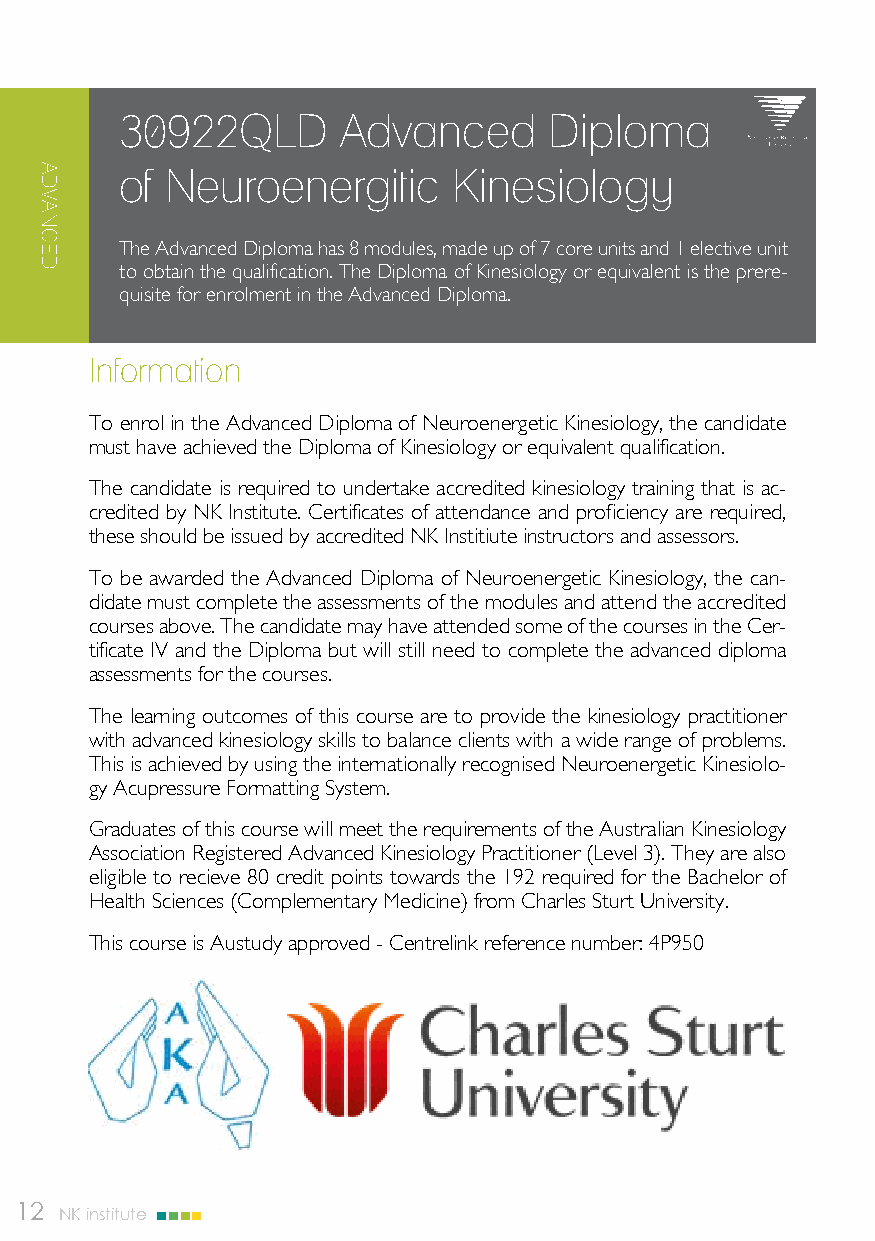
30922QLD      Advanced      Diploma
 of Neuroenergitic     Kinesiology
 The Advanced Diploma has 8 modules, made up of 7 core units and 1 elective unit
 to obtain the qualification. The Diploma of Kinesiology or equivalent is the prere-
 quisite for enrolment in the Advanced Diploma.
 Information
 To enrol in the Advanced Diploma of Neuroenergetic Kinesiology, the candidate
 must have achieved the Diploma of Kinesiology or equivalent qualification.
 The candidate is required to undertake accredited kinesiology training that is ac-
 credited by NK Institute. Certificates of attendance and proficiency are required,
 these should be issued by accredited NK Institiute instructors and assessors.
 To be awarded the Advanced Diploma of Neuroenergetic Kinesiology, the can-
 didate must complete the assessments of the modules and attend the accredited
 courses above. The candidate may have attended some of the courses in the Cer-
 tificate IV and the Diploma but will still need to complete the advanced diploma
 assessments for the courses.
 The learning outcomes of this course are to provide the kinesiology practitioner
 with advanced kinesiology skills to balance clients with a wide range of problems.
 This is achieved by using the internationally recognised Neuroenergetic Kinesiolo-
 gy Acupressure Formatting System.
 Graduates of this course will meet the requirements of the Australian Kinesiology
 Association Registered Advanced Kinesiology Practitioner (Level 3). They are also
 eligible to recieve 80 credit points towards the 192 required for the Bachelor of
 Health Sciences (Complementary Medicine) from Charles Sturt University.
 This course is Austudy approved - Centrelink reference number: 4P950
 12 NK institute
 ADVANCED